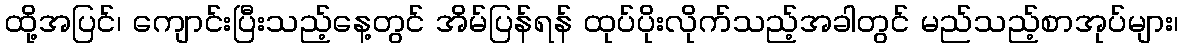
ထို့အပြင်၊ ကျောင်းပြီးသည့်နေ့တွင် အိမ်ပြန်ရန် ထုပ်ပိုးလိုက်သည့်အခါတွင် မည်သည့်စာအုပ်များ၊